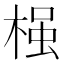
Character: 𱣷